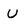
Character: U